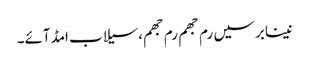
نینابرسیں رم جھم رم جھم،سیلاب امڈآئے۔